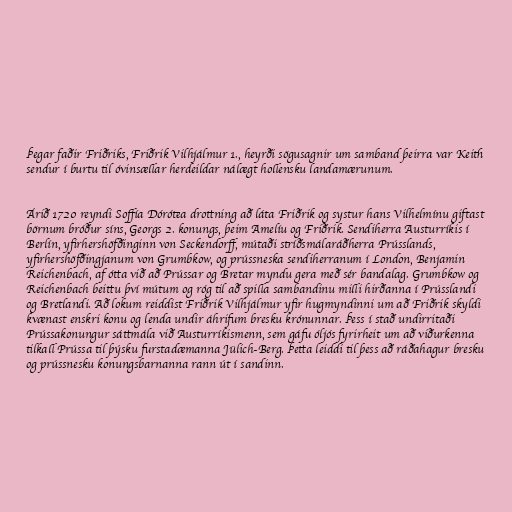
Þegar faðir Friðriks, Friðrik Vilhjálmur 1., heyrði sögusagnir um samband þeirra var Keith
sendur í burtu til óvinsællar herdeildar nálægt hollensku landamærunum.

Árið 1720 reyndi Soffía Dórótea drottning að láta Friðrik og systur hans Vilhelmínu giftast
börnum bróður síns, Georgs 2. konungs, þeim Amelíu og Friðrik. Sendiherra Austurríkis í
Berlín, yfirhershöfðinginn von Seckendorff, mútaði stríðsmálaráðherra Prússlands,
yfirhershöfðingjanum von Grumbkow, og prússneska sendiherranum í London, Benjamin
Reichenbach, af ótta við að Prússar og Bretar myndu gera með sér bandalag. Grumbkow og
Reichenbach beittu því mútum og róg til að spilla sambandinu milli hirðanna í Prússlandi
og Bretlandi. Að lokum reiddist Friðrik Vilhjálmur yfir hugmyndinni um að Friðrik skyldi
kvænast enskri konu og lenda undir áhrifum bresku krónunnar. Þess í stað undirritaði
Prússakonungur sáttmála við Austurríkismenn, sem gáfu óljós fyrirheit um að viðurkenna
tilkall Prússa til þýsku furstadæmanna Jülich-Berg. Þetta leiddi til þess að ráðahagur bresku
og prússnesku konungsbarnanna rann út í sandinn.